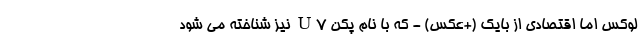
لوکس اما اقتصادی از بایک (+عکس) - که با نام پکن U7 نیز شناخته می شود